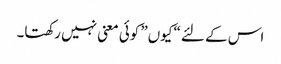
اس کے لئے “کیوں” کوئی معنی نہیں رکھتا۔